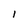
Character: l